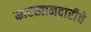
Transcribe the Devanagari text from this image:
कारखानदारीचे